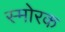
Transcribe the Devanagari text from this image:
स्माेरक